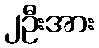
၂ဦးအား